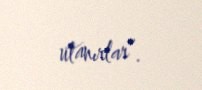
utanırlar”.